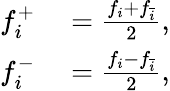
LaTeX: \begin{array}{rl}{f_{i}^{+}}&{{}=\frac{f_{i}+f_{\bar{i}}}{2},}\\ {f_{i}^{-}}&{{}=\frac{f_{i}-f_{\bar{i}}}{2},}\end{array}